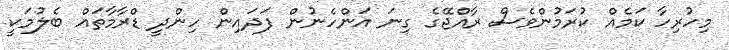
މިހުރިހާ ކަމެއް ކުރަމުންވެސް ރާއްޖޭގެ ގިނަ އަންހެނުން ފަދައިން ހިންދީ ޑްރާމާތައް ބެލުމަކީ